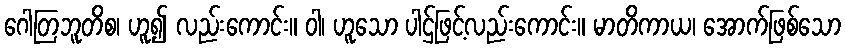
ဂေါတြဘူတိစ၊ ဟူ၍ လည်းကောင်း။ ဝါ၊ ဟူသော ပါဌ်ဖြင့်လည်းကောင်း။ မာတိကာယ၊ အောက်ဖြစ်သော